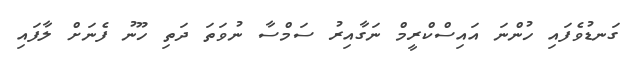
ގަނޑުވެފައި ހުންނަ އައިސްކްރީމް ނަގާއިރު ސަމްސާ ނުވަތަ ދަތި ހޫނު ފެނަށް ލާފައި